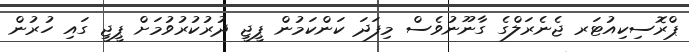
ޕްރޮސިކިއުޓަރ ޖެނެރަލްގެ ގާނޫނުވެސް މިފަދަ ކަންކަމުން ޕީޖީ ދުރުކުރުވުމަށް ޕީޖީ ގައި ހުރުން